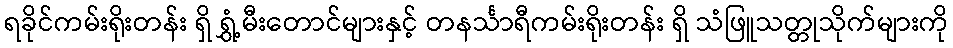
ရခိုင်ကမ်းရိုးတန်း ရှိ ရွှံ့မီးတောင်များနှင့် တနင်္သာရီကမ်းရိုးတန်း ရှိ သံဖြူသတ္တုသိုက်များကို